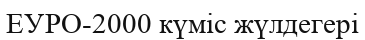
ЕУРО-2000 күміс жүлдегері